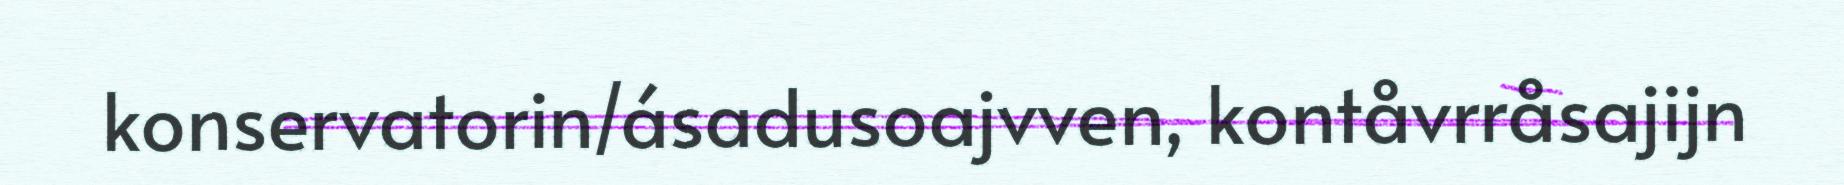
konservatorin/ásadusoajvven, kontåvrråsajijn